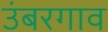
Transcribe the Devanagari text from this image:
उंबरगाव